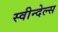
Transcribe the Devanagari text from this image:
स्वीन्देल्स